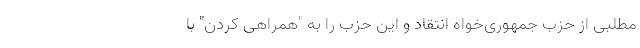
مطلبی از حزب جمهوری‌خواه انتقاد و این حزب را به "همراهی کردن" با